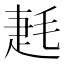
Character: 𣮌